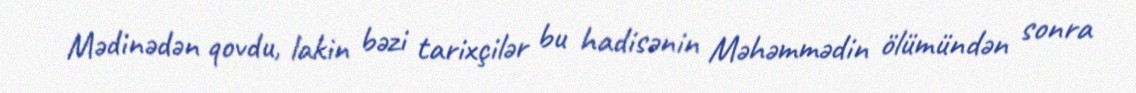
Mədinədən qovdu, lakin bəzi tarixçilər bu hadisənin Məhəmmədin ölümündən sonra